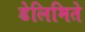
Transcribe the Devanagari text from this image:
डेलिमिते